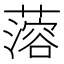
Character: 𰲆